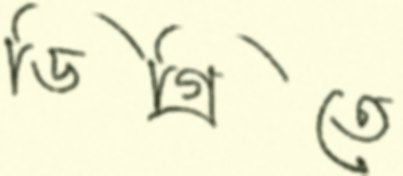
ডিগ্রিতে